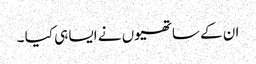
ان کے ساتھیوں نے ایسا ہی کیا ۔